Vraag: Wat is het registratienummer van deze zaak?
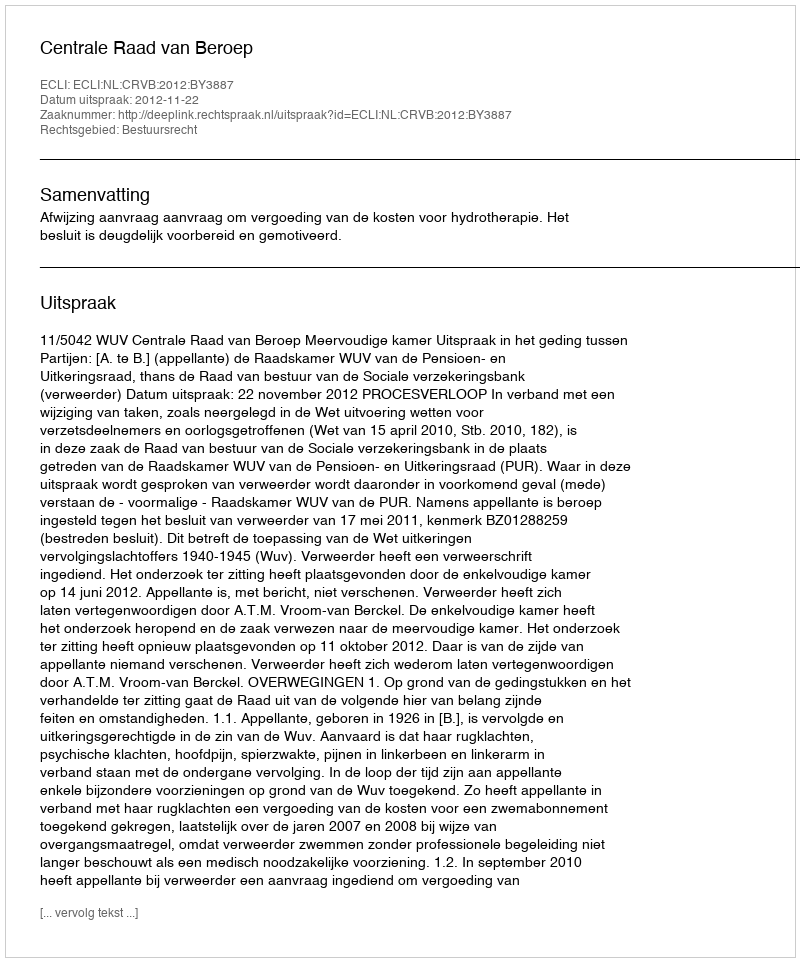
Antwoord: http://deeplink.rechtspraak.nl/uitspraak?id=ECLI:NL:CRVB:2012:BY3887